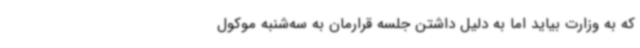
که به وزارت بیاید اما به دلیل داشتن جلسه قرارمان به سه‌شنبه موکول